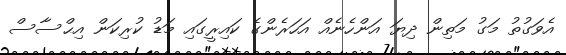
އެވަގުތު މަގު މަތިން ދިޔަ އަންހެނެއް އަހަރެންގެ ކައިރީގައި މަޑު ކުރިކަން އިޙްސާސް